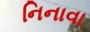
નિનાવા